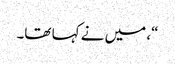
“، میں نے کہا تھا۔